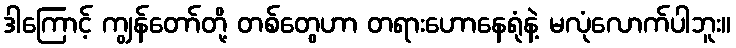
ဒါကြောင့် ကျွန်တော်တို့ တစ်တွေဟာ တရားဟောနေရုံနဲ့ မလုံလောက်ပါဘူး။